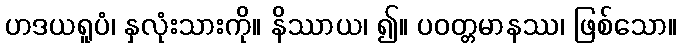
ဟဒယရူပံ၊ နှလုံးသားကို။ နိဿာယ၊ ၍။ ပဝတ္တမာနဿ၊ ဖြစ်သော။